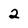
Character: 2